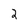
Character: 2